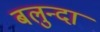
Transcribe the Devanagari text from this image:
बलुन्दा